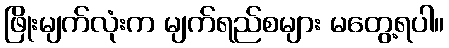
ဖြိုးမျက်လုံးက မျက်ရည်စများ မတွေ့ရပါ။